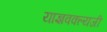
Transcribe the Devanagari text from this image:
याज्ञवक्ल्यजी